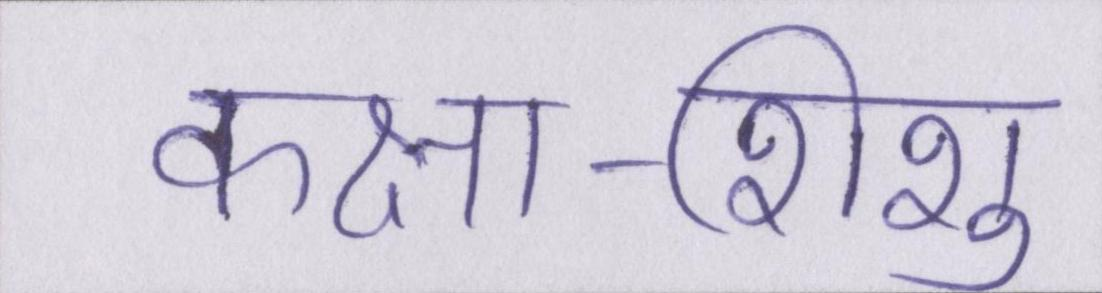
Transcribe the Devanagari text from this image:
कक्षा-शिशु